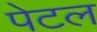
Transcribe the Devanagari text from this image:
पेटल